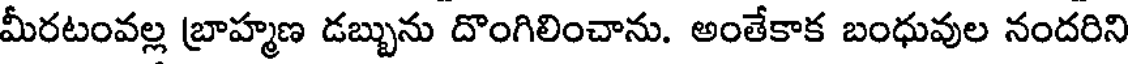
మీరటంవల్ల బ్రాహ్మణ డబ్బును దొంగిలించాను. అంతేకాక బంధువుల నందరిని